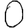
Digit: 0